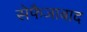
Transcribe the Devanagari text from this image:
सेफैजाबाद